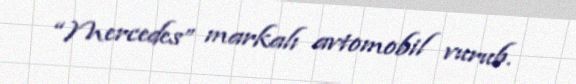
“Mercedes” markalı avtomobil vurub.